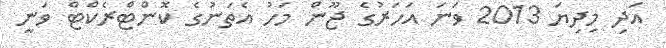
އަދި މިދިޔަ 2013 ވަނަ އަހަރުގެ ޖޫން މަހު އެތަނުގެ ކޮންޓްރެކްޓް ވަނީ